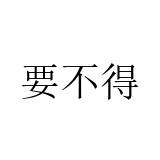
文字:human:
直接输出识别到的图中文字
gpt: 要不得